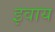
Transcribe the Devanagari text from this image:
इवाय